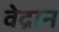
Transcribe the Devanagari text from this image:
वेद्रान